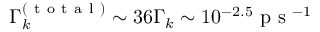
\Gamma _ { k } ^ { ( \mathrm { ~ t ~ o ~ t ~ a ~ l ~ } ) } \sim 3 6 \Gamma _ { k } \sim 1 0 ^ { - 2 . 5 } \mathrm { ~ p ~ s ~ } ^ { - 1 }